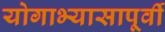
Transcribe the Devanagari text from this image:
योगाभ्यासापूर्वी